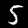
Label: 5